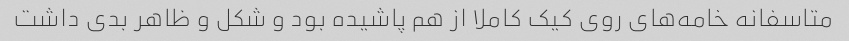
متاسفانه خامه‌های روی کیک کاملا از هم پاشیده بود و شکل و ظاهر بدی داشت